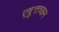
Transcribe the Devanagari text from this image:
एष़ुत्तच्छन